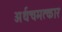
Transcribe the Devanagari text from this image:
अर्थचमत्कार